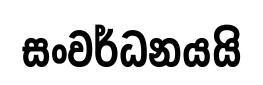
සංවර්ධනයයි